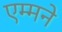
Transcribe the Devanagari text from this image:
एम्मने